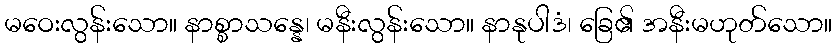
မဝေးလွန်းသော။ နာစ္စာသန္နေ၊ မနီးလွန်းသော။ နာနုပါဒံ၊ ခြေ၏ အနီးမဟုတ်သော။